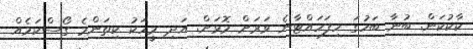
ކާކުކަން. ބުނާ ބަހުގަ ހިފަހައްޓާނެ ވަރަށް މޮޅަށް. އަދި މީހަކު ކިތަންމެ ގޯސްކަމެއް